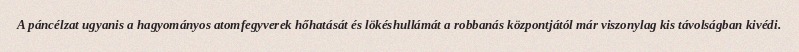
A páncélzat ugyanis a hagyományos atomfegyverek hőhatását és lökéshullámát a robbanás központjától már viszonylag kis távolságban kivédi.